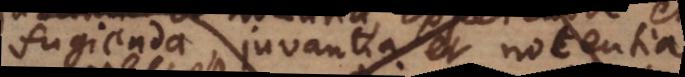
fugienda, juvantia et nocentia